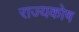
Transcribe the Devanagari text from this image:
राज्‍यकोष